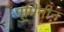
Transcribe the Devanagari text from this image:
मुमिनीन